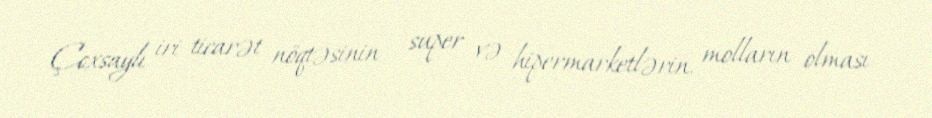
Çoxsaylı iri ticarət nöqtəsinin – super və hipermarketlərin, molların olması